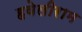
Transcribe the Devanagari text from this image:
हवेलीराम